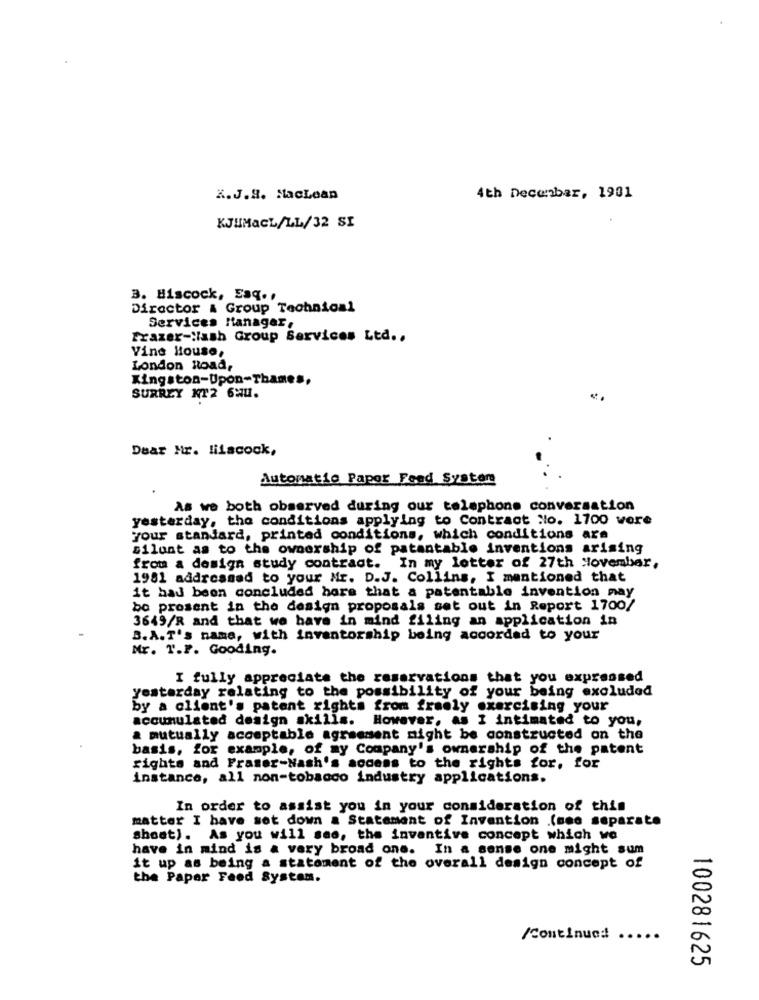
2.J.8. Maclean
4th December, 1901
KJHMacL/LL/32 SI
3. Hiscock, Esq ..
Director & Group Technical
Services Manager,
Frazer-Wash Group Services Ltd ..
Vine House,
London Road,
Kingston-Upon-Thames,
SURREY KT2 6WU.
Dear Hr. lilacock,
Automatic Papor Feed System
As we both observed during our telephone conversation
yesterday, the conditions applying to Contract No. 1700 were
your standard, printed conditions, which conditions are
silont as to the ownership of patantable inventions arising
from a design study contract. In my lotter of 27th November,
1981 addressed to your Mr. D.J. Collins, I mentioned that
it had been concluded hors that a patentable invention may
be present in the design proposals set out in Report 1700/
3649/R and that we have in mind filing an application in
B.A.T's name, with inventorship boing accorded to your
Mr. T.P. Gooding.
I fully appreciate the reservations that you expressed
yesterday relating to the possibility of your being excluded
by a client's patent rights from freely exercising your
accumulated design skills. However, as I intimated to you,
a mutually acomptable agreement might be constructed on the
basis, for example, of my Company's ownership of the patent
rights and Framer-Nash's access to the rights for, for
instance, all non-tobacco industry applications.
In order to assist you in your consideration of this
matter I have set down a Statement of Invention .(see separate
shoat). As you will see, the inventive concept which we
have in mind is a very broad one.
In a sense one might sum
it up as being a statement of the overall design concept of
the Paper Faed System.
/Continua: .....
100281625